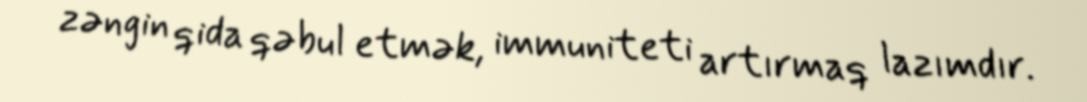
zəngin qida qəbul etmək, immuniteti artırmaq lazımdır.